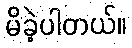
မိခဲ့ပါတယ်။